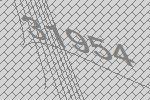
31954